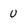
Character: 0